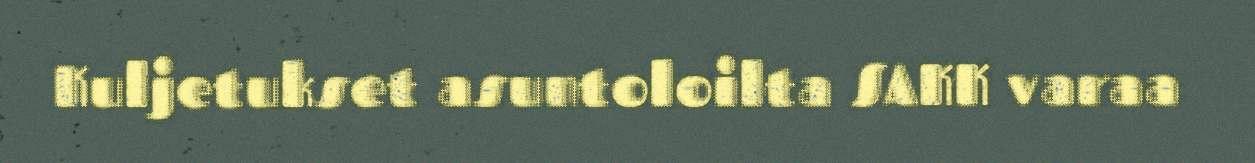
Kuljetukset asuntoloilta SAKK varaa